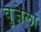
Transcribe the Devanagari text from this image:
वुजेला